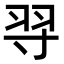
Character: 𦏽